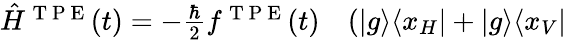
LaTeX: \begin{array}{rl}{\hat{H}^{\mathrm{~T~P~E~}}(t)=-\frac{\hbar}{2}f^{\mathrm{~T~P~E~}}(t)}&{{}(\vert g\rangle\langle x_{H}\vert+\vert g\rangle\langle x_{V}\vert}\end{array}